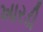
ખારડી